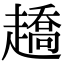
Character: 趫